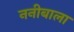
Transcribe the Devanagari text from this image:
ननीबाला